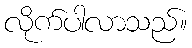
လိုက်ပါလာသည်။